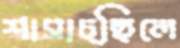
শাসাচ্ছিলে